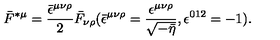
\bar { F } ^ { \ast \mu } = \frac { \bar { \epsilon } ^ { \mu \nu \rho } } { 2 } \bar { F } _ { \nu \rho } ( \bar { \epsilon } ^ { \mu \nu \rho } = \frac { \epsilon ^ { \mu \nu \rho } } { \sqrt { - \bar { \eta } } } , \epsilon ^ { 0 1 2 } = - 1 ) .